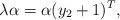
LaTeX: \begin{align*} \lambda \alpha = \alpha (y_2+1)^T,\end{align*}